Vaccination United Provinces of Agra and Oudh 1902-1913 - 1902-1913
Year: 1902
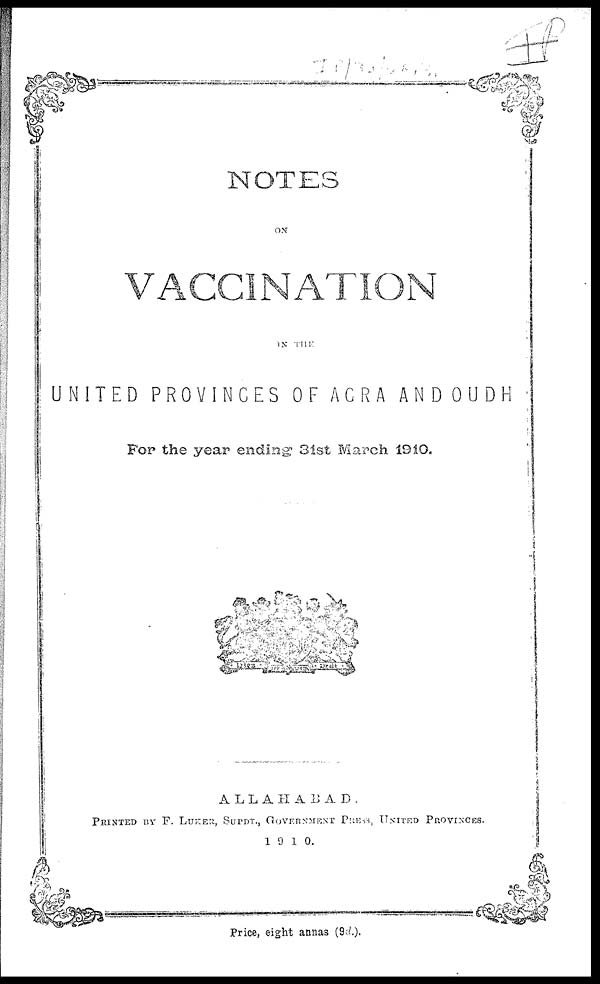
NOTES
ON
VACCINATION
IN THE
UNITED PROVINCES OF AGRA AND OUDH
For the year ending 31st March 1910.
ALLAHABAD.
PRINTED BY F. LUKER, SUPDT., GOVERNMENT PRESS, UNITED PROVINCES.
1910.
Price, eight annas (9d.).